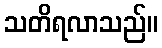
သတိရလာသည်။